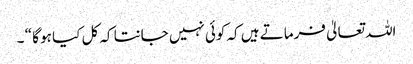
اللہ تعالیٰ فرماتے ہیں کہ کوئی نہیں جانتا کہ کل کیا ہو گا “ ۔